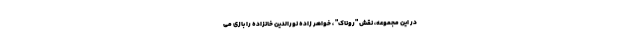
در این مجموعه، نقش "روناک" ، خواهر زاده نورالدین خانزاده را بازی می